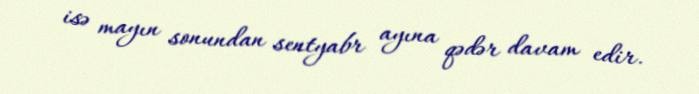
isə mayın sonundan sentyabr ayına qədər davam edir.